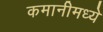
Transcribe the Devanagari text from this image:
कमानीमध्ये